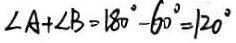
\angle A + \angle B = 1 8 0 ^ { \circ } - 6 0 ^ { \circ } = 1 2 0 ^ { \circ }